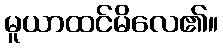
မူယာထင်မိလေ၏။